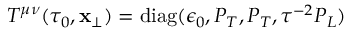
T ^ { \mu \nu } ( \tau _ { 0 } , { \mathbf { x } _ { \perp } } ) = \mathrm { d i a g } ( \epsilon _ { 0 } , P _ { T } , P _ { T } , \tau ^ { - 2 } P _ { L } )